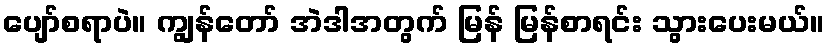
ပျော်စရာပဲ။ ကျွန်တော် အဲဒါအတွက် မြန် မြန်စာရင်း သွားပေးမယ်။